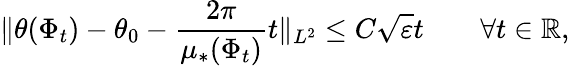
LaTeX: \| \theta(\Phi_{t})-\theta_{0}-\frac{2\pi}{\mu_{*}(\Phi_{t})}t\| _{L^{2}}\leq C\sqrt{\varepsilon}t\qquad\forall t\in\mathbb{R},